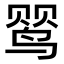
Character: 𬸕